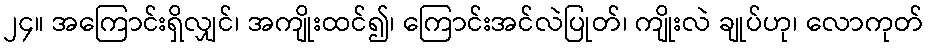
၂၄။ အကြောင်းရှိလျှင်၊ အကျိုးထင်၍၊ ကြောင်းအင်လဲပြုတ်၊ ကျိုးလဲ ချုပ်ဟု၊ လောကုတ်